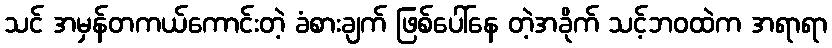
သင် အမှန်တကယ်ကောင်းတဲ့ ခံစားချက် ဖြစ်ပေါ်နေ တဲ့အခိုက် သင့်ဘဝထဲက အရာရာ